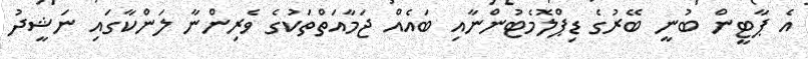
އެ ޕާޓީން ބުނީ ބޭރުގެ ޑިޕްލޮމެޓުންނާއި ބައެއް ޖަމާއަތްތަކުގެ ވެރިންނާ ލަންކާގައި ނަޝީދު